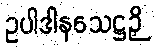
ဥပါဒါနသေဋ္ဌဉှိ